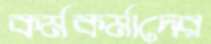
কর্মকর্মাদের